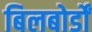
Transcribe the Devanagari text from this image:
बिलबोर्डों